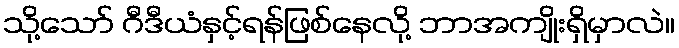
သို့သော် ဂီဒီယံနှင့်ရန်ဖြစ်နေလို့ ဘာအကျိုးရှိမှာလဲ။